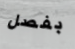
بفصل